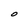
Character: O